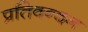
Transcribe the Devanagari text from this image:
प्रतिवन्दन